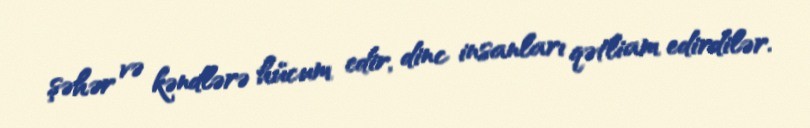
şəhər və kəndlərə hücum edir, dinc insanları qətliam edirdilər.